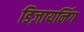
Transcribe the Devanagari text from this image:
डिज़ायनिंग